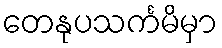
တေနုပသင်္ကမိမှာ